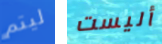
ليتم أليست